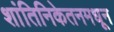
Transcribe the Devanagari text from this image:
शांतिनिकेतनमधून